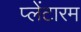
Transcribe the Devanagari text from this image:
प्लेंटारम